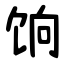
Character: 饷